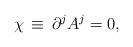
LaTeX: \begin{align*}\chi\, \equiv \,\partial^{j}A^{j} = 0,\end{align*}